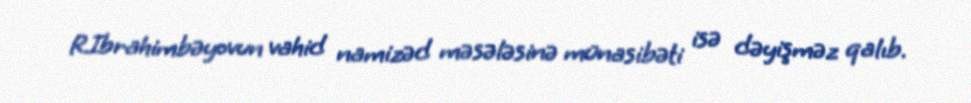
R.Ibrahimbəyovun vahid namizəd məsələsinə münasibəti isə dəyişməz qalıb.